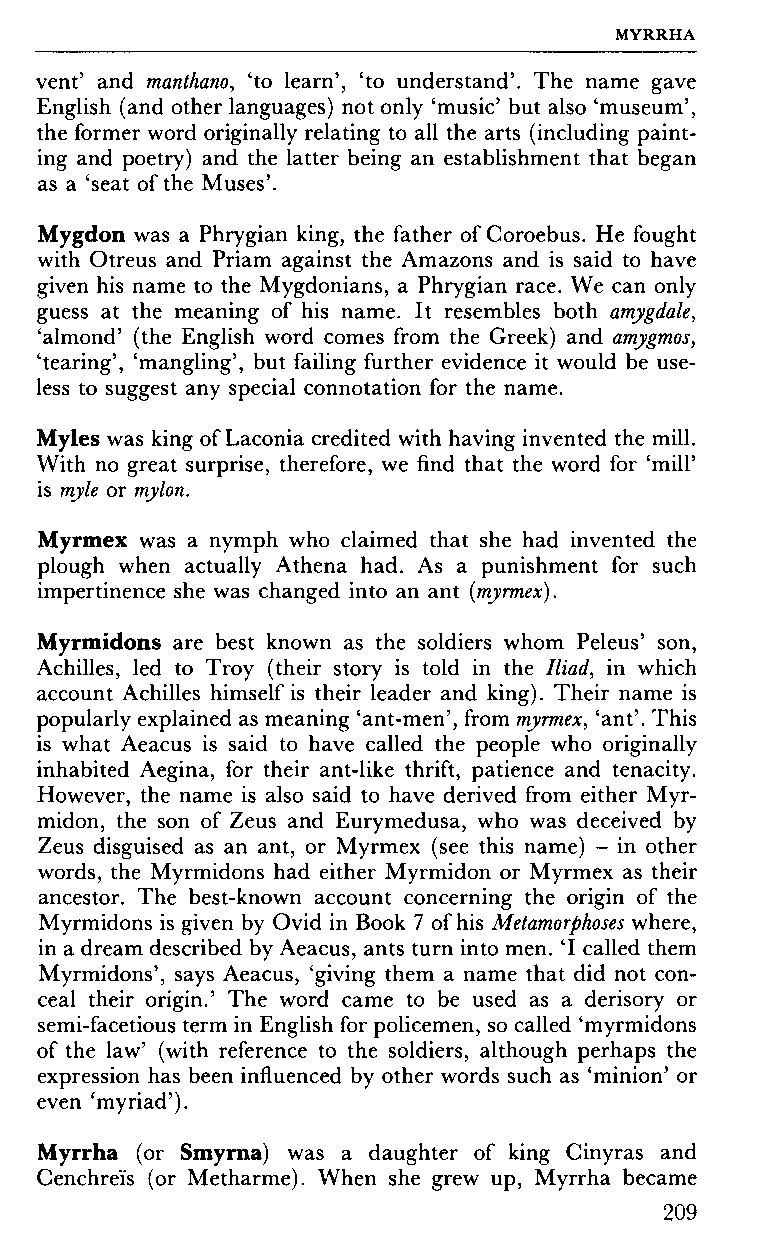
MYRRHA
 vent' and manthano, 'to learn', 'to understand'. The name gave
 English (and other languages) not only 'music' but also 'museum',
 the former word originally relating to all the arts (including paint­
 ing and poetry) and the latter being an establishment that began
 as a 'seat of the Muses'.
 Mygdon was a Phrygian king, the father of Coroebus. He fought
 with Otreus and Priam against the Amazons and is said to have
 given his name to the Mygdonians, a Phrygian race. We can only
 guess at the meaning of his name. It resembles both amygdale,
 'almond' (the English word comes from the Greek) and amygmos,
 'tearing', 'mangling', but failing further evidence it would be use­
 less to suggest any special connotation for the name.
 Myles was king of Laconia credited with having invented the mill.
 With no great surprise, therefore, we find that the word for 'mill'
 is my le or my Ion.
 Myrmex was a nymph who claimed that she had invented the
 plough when actually Athena had. As a punishment for such
 impertinence she was changed into an ant (myrmex).
 Myrmidons are best known as the soldiers whom Peleus' son,
 Achilles, led to Troy (their story is told in the Iliad, in which
 account Achilles himself is their leader and king). Their name is
 popularly explained as meaning 'ant-men', from myrmex, 'ant'. This
 is what Aeacus is said to have called the people who originally
 inhabited Aegina, for their ant-like thrift, patience and tenacity.
 However, the name is also said to have derived from either Myr­
 midon, the son of Zeus and Eurymedusa, who was deceived by
 Zeus disguised as an ant, or Myrmex (see this name) - in other
 words, the Myrmidons had either Myrmidon or Myrmex as their
 ancestor. The best-known account concerning the origin of the
 Myrmidons is given by Ovid in Book 7 of his Metamorphoses where,
 in a dream described by Aeacus, ants turn into men. Ί called them
 Myrmidons', says Aeacus, 'giving them a name that did not con­
 ceal their origin.' The word came to be used as a derisory or
 semi-facetious term in English for policemen, so called 'myrmidons
 of the law' (with reference to the soldiers, although perhaps the
 expression has been influenced by other words such as 'minion' or
 even 'myriad').
 Myrrha (or Smyrna) was a daughter of king Cinyras and
 Cenchrei's (or Metharme). When she grew up, Myrrha became
 209